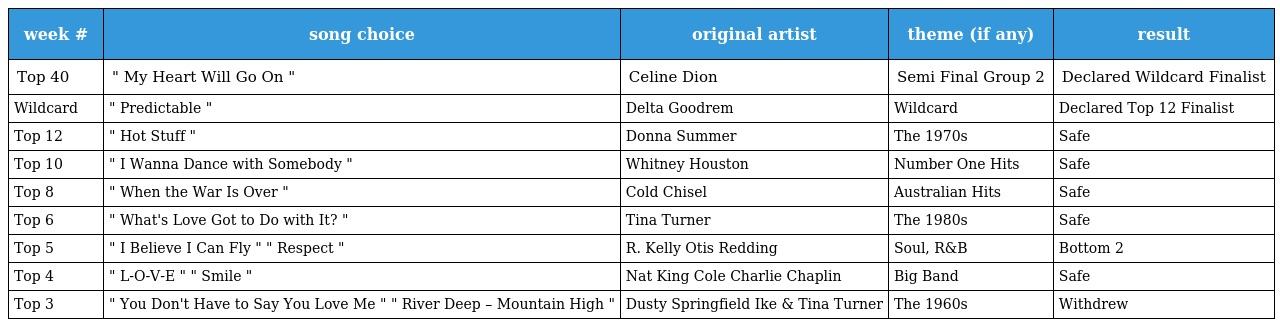
| week # | song choice | original artist | theme (if any) | result |
 | --- | --- | --- | --- | --- |
 | Top 40 | " My Heart Will Go On " | Celine Dion | Semi Final Group 2 | Declared Wildcard Finalist |
 | Wildcard | " Predictable " | Delta Goodrem | Wildcard | Declared Top 12 Finalist |
 | Top 12 | " Hot Stuff " | Donna Summer | The 1970s | Safe |
 | Top 10 | " I Wanna Dance with Somebody " | Whitney Houston | Number One Hits | Safe |
 | Top 8 | " When the War Is Over " | Cold Chisel | Australian Hits | Safe |
 | Top 6 | " What's Love Got to Do with It? " | Tina Turner | The 1980s | Safe |
 | Top 5 | " I Believe I Can Fly " " Respect " | R. Kelly Otis Redding | Soul, R&B | Bottom 2 |
 | Top 4 | " L-O-V-E " " Smile " | Nat King Cole Charlie Chaplin | Big Band | Safe |
 | Top 3 | " You Don't Have to Say You Love Me " " River Deep – Mountain High " | Dusty Springfield Ike & Tina Turner | The 1960s | Withdrew |